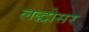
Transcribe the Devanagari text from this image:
लद्धोसर